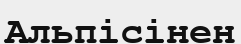
Альпісінен